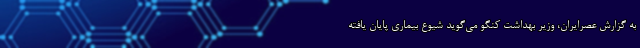
به گزارش عصرایران، وزیر بهداشت کنگو می‌گوید شیوع بیماری پایان یافته